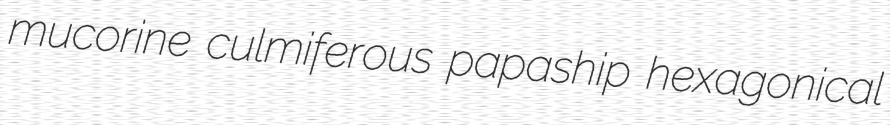
mucorine culmiferous papaship hexagonical